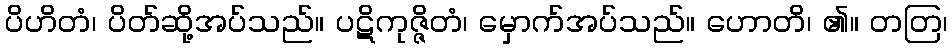
ပိဟိတံ၊ ပိတ်ဆို့အပ်သည်။ ပဋိကုဇ္ဇိတံ၊ မှောက်အပ်သည်။ ဟောတိ၊ ၏။ တတြ၊